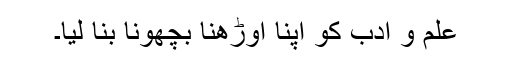
علم و ادب کو اپنا اوڑھنا بچھونا بنا لیا۔